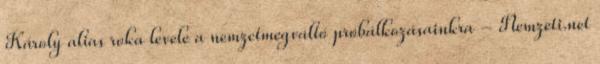
Károly alias roka levele a nemzetmegváltó próbálkozásainkra - Nemzeti.net